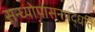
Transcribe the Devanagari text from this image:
सन्ध्याेपासनपद्धति